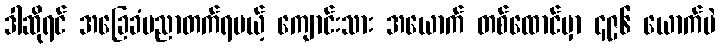
ဒါဆိုရင် အခြေခံပညာတက်ရမယ့် ကျောင်းသား အယောက် တစ်ထောင်မှာ ၄၉၆ ယောက်ပဲ